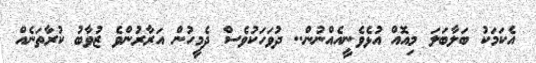
އެކަމަކު ބަލާބަލަ މިއޮއް އުޅެވެނީއެއްނުން.. ދުވަހަކުވެސް ދެމީހުން އަރާރުންވެ ޒުވާބު ކުރާތަނެއް